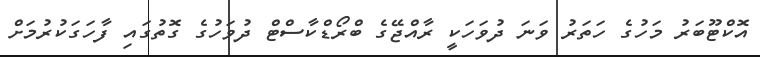
އޮކްޓޫބަރު މަހުގެ ހަތަރު ވަނަ ދުވަހަކީ ރާއްޖޭގެ ބްރޯޑްކާސްޓް ދުވަހުގެ ގޮތުގައި ފާހަގަކުރުމަށް